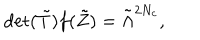
\mathrm { d e t } ( { \tilde { T } } ) f ( { \tilde { Z } } ) = { \tilde { \Lambda } } ^ { 2 N _ { c } } ,